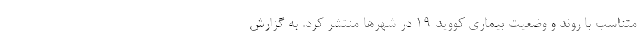
متناسب با روند و وضعیت بیماری کووید ۱۹ در شهرها منتشر کرد. به گزارش